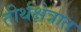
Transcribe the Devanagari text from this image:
तीर्थक्षेत्रात